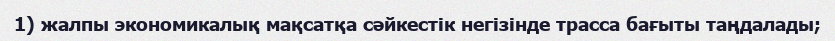
1) жалпы экономикалық мақсатқа сәйкестік негізінде трасса бағыты таңдалады;